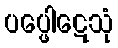
ပပ္ဖေါဋေသုံ